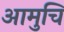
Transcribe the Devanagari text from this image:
आमुचि